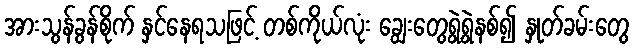
အားသွန်ခွန်စိုက် နှင်နေရသဖြင့် တစ်ကိုယ်လုံး ချွေးတွေရွဲ့ရွဲနစ်၍ နှုတ်ခမ်းတွေ